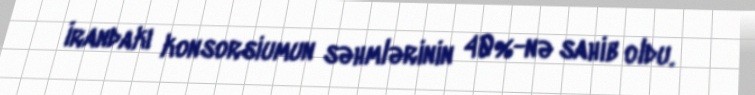
İrandakı konsorsiumun səhmlərinin 40%-nə sahib oldu.